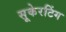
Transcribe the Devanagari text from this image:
सूकेरटिंग